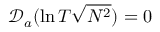
\mathscr { D } _ { a } ( \ln T \sqrt { N ^ { 2 } } ) = 0